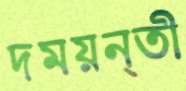
দময়ন্তী